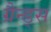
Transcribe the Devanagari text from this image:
ग्रैन्ड्स